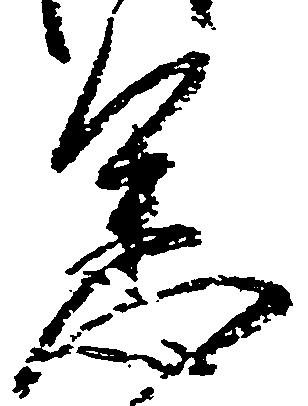
憲